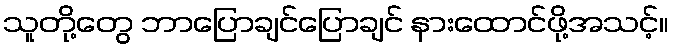
သူတို့တွေ ဘာပြောချင်ပြောချင် နားထောင်ဖို့အသင့်။